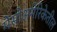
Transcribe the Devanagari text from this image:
मेसोअमेरिकेतील